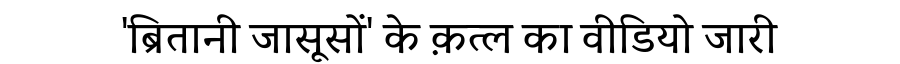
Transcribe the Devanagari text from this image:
'ब्रितानी जासूसों' के क़त्ल का वीडियो जारी